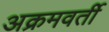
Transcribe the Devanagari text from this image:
अक्रमवर्ती